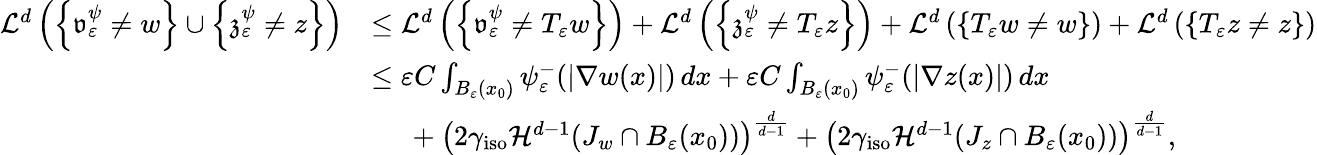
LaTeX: \begin{array}{rl}{\mathcal{L}^{d}\left(\left\{ \mathfrak{v}_{\varepsilon}^{\psi}\neq w\right\} \cup\left\{ \mathfrak{z}_{\varepsilon}^{\psi}\neq z\right\} \right)}&{\leq\mathcal{L}^{d}\left(\left\{ \mathfrak{v}_{\varepsilon}^{\psi}\neq T_{\varepsilon}w\right\} \right)+\mathcal{L}^{d}\left(\left\{ \mathfrak{z}_{\varepsilon}^{\psi}\neq T_{\varepsilon}z\right\} \right)+\mathcal{L}^{d}\left(\{ T_{\varepsilon}w\neq w\} \right)+\mathcal{L}^{d}\left(\{ T_{\varepsilon}z\neq z\} \right)}\\ &{\leq\varepsilon C\int_{B_{\varepsilon}(x_{0})}\psi_{\varepsilon}^{-}(|\nabla w(x)|)\, dx+\varepsilon C\int_{B_{\varepsilon}(x_{0})}\psi_{\varepsilon}^{-}(|\nabla z(x)|)\, dx}\\ &{\ \ \ \ \ +\left(2\gamma_{\textnormal{iso}}\mathcal{H}^{d-1}(J_{w}\cap B_{\varepsilon}(x_{0}))\right)^{\frac{d}{d-1}}+\left(2\gamma_{\textnormal{iso}}\mathcal{H}^{d-1}(J_{z}\cap B_{\varepsilon}(x_{0}))\right)^{\frac{d}{d-1}},}\end{array}